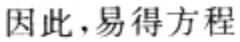
因此，易得方程